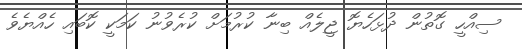
ސިއްހީ ގޮތުން ދުޅަހެޔޮ ޖީލެއް ބިނާ ކުރުމަށް ކުރެވުނު ކަމަކީ ކޮބައި ހެއްޔެވެ